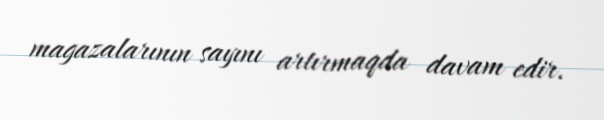
magazalarının sayını artırmaqda davam edir.